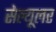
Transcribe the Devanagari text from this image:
सेल्‍यूलर